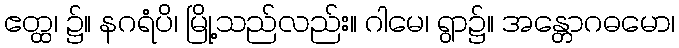
ဧတ္ထ၊ ၌။ နဂရံပိ၊ မြို့သည်လည်း။ ဂါမေ၊ ရွာ၌။ အန္တောဂဓမော၊